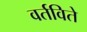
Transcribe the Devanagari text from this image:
वर्तविते